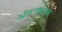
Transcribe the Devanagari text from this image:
अंतःफलक